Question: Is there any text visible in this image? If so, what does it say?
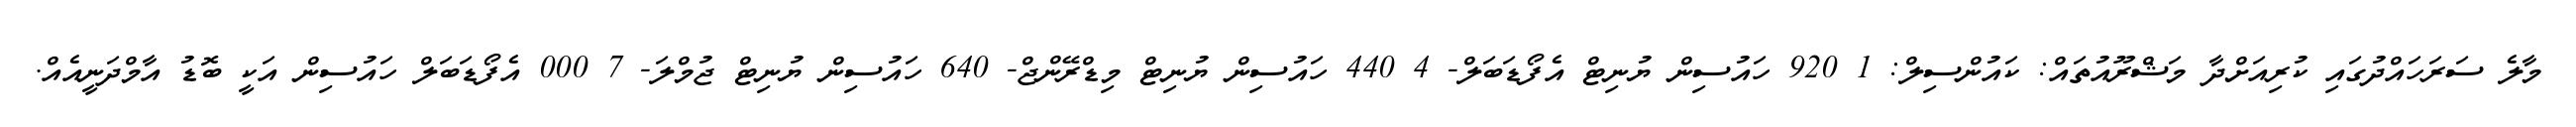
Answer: މާލެ ސަރަހައްދުގައި ކުރިއަށްދާ މަޝްރޫއުތައް: ކައުންސިލް: 1 920 ހައުސިން ޔުނިޓް އެފޯޑަބަލް- 4 440 ހައުސިން ޔުނިޓް މިޑްރޭންޖް- 640 ހައުސިން ޔުނިޓް ޖުމްލަ- 7 000 އެފޯޑަބަލް ހައުސިން އަކީ ބޮޑު އާމްދަނީއެއް.